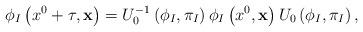
LaTeX: \begin{align*}\phi_{I}\left(x^0+\tau,{\bf x}\right) =U_{0}^{-1}\left(\phi_{I},\pi_{I}\right)\phi_{I}\left(x^0,{\bf x}\right)U_{0}\left(\phi_{I},\pi_{I}\right),\end{align*}